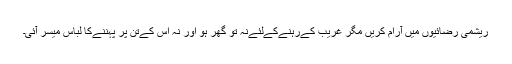
ریشمی رضائیوں میں آرام کریں مگر غریب کےرہنےکےلئےنہ تو گھر ہو اور نہ اس کےتن پر پہننےکا لباس میسر آئی۔